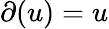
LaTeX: \partial(u)=u